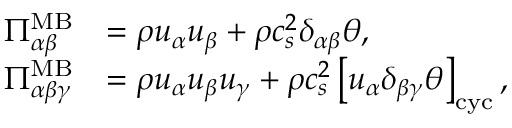
\begin{array} { r l } { \Pi _ { \alpha \beta } ^ { \mathrm { M B } } } & { = \rho u _ { \alpha } u _ { \beta } + \rho c _ { s } ^ { 2 } \delta _ { \alpha \beta } \theta , } \\ { \Pi _ { \alpha \beta \gamma } ^ { \mathrm { M B } } } & { = \rho u _ { \alpha } u _ { \beta } u _ { \gamma } + \rho c _ { s } ^ { 2 } \left[ u _ { \alpha } \delta _ { \beta \gamma } \theta \right] _ { \mathrm { c y c } } , } \end{array}